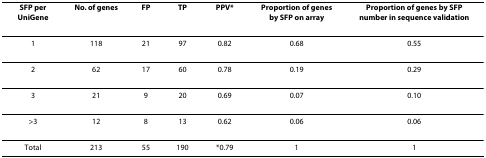
<table><thead><tr><td><b>SFP per UniGene</b></td><td><b>No. of genes</b></td><td><b>FP</b></td><td><b>TP</b></td><td><b>PPV*</b></td><td><b>Proportion of genes by SFP on array</b></td><td><b>Proportion of genes by SFP number in sequence validation</b></td></tr></thead><tbody><tr><td>1</td><td>118</td><td>21</td><td>97</td><td>0.82</td><td>0.68</td><td>0.55</td></tr><tr><td>2</td><td>62</td><td>17</td><td>60</td><td>0.78</td><td>0.19</td><td>0.29</td></tr><tr><td>3</td><td>21</td><td>9</td><td>20</td><td>0.69</td><td>0.07</td><td>0.10</td></tr><tr><td>&gt;3</td><td>12</td><td>8</td><td>13</td><td>0.62</td><td>0.06</td><td>0.06</td></tr><tr><td>Total</td><td>213</td><td>55</td><td>190</td><td>*0.79</td><td>1</td><td>1</td></tr></tbody></table>